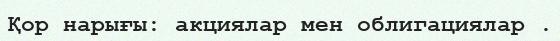
Қор нарығы: акциялар мен облигациялар .